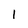
Character: l